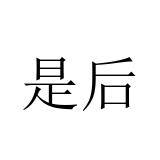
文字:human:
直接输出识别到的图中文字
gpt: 是后